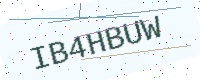
Text: IB4HBUW